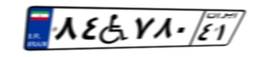
۸۴W۷۸۰۴۱